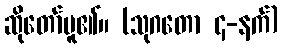
ဆိုတော်မူ၏။ (သုဂတော ၄-နက်)